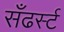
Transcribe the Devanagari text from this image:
सँढर्स्ट